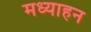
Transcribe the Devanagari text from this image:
मध्याहन